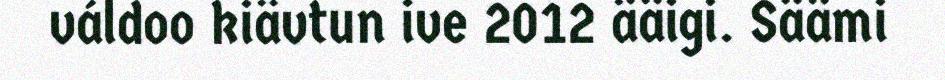
váldoo kiävtun ive 2012 ääigi. Säämi